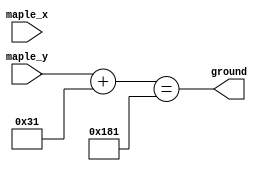
module maple_ground(
    output      ground ,
    input [9:0] maple_x,
    input [9:0] maple_y
);

    // Define image width, height
    parameter WIDTH = 41, HEIGHT = 49;

    parameter REAL_GROUND = 385;
    
    wire [9:0] left, right;
    wire [9:0] top, bottom;

    assign left = maple_x;
    assign top = maple_y;
    assign right = left + WIDTH;
    assign bottom = top + HEIGHT;
    
    wire real_ground;
    
     assign real_ground = (bottom == REAL_GROUND);
     
     assign ground= real_ground;
     
     endmodule